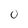
Character: 0